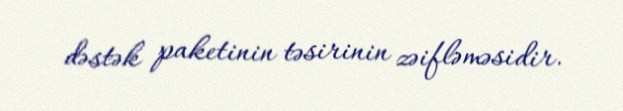
dəstək paketinin təsirinin zəifləməsidir.